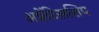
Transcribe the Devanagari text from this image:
अप्रेंटिसशिप